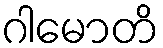
ဂါမောတိ